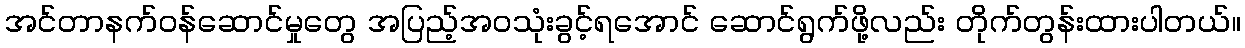
အင်တာနက်ဝန်ဆောင်မှုတွေ အပြည့်အဝသုံးခွင့်ရအောင် ဆောင်ရွက်ဖို့လည်း တိုက်တွန်းထားပါတယ်။